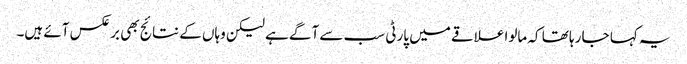
یہ کہا جا رہا تھا کہ مالوا علاقے میں پارٹی سب سے آگے ہے لیکن وہاں کے نتائج بھی برعکس آئے ہیں۔